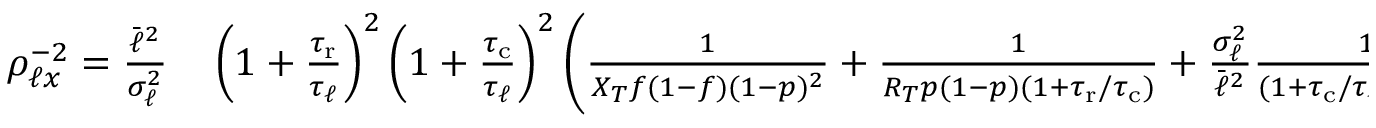
\begin{array} { r l } { \rho _ { \ell x } ^ { - 2 } = \frac { \bar { \ell } ^ { 2 } } { \sigma _ { \ell } ^ { 2 } } } & { { } \left( 1 + \frac { { \tau _ { \mathrm { r } } } } { \tau _ { \ell } } \right) ^ { 2 } \left( 1 + \frac { { \tau _ { \mathrm { c } } } } { \tau _ { \ell } } \right) ^ { 2 } \bigg ( \frac { 1 } { X _ { T } f ( 1 - f ) ( 1 - p ) ^ { 2 } } + \frac { 1 } { R _ { T } p ( 1 - p ) ( 1 + { \tau _ { \mathrm { r } } } / { \tau _ { \mathrm { c } } } ) } + \frac { \sigma _ { \ell } ^ { 2 } } { \bar { \ell } ^ { 2 } } \frac { 1 + { \tau _ { \mathrm { r } } } / \tau _ { \ell } + { \tau _ { \mathrm { r } } } / { \tau _ { \mathrm { c } } } } { ( 1 + { \tau _ { \mathrm { c } } } / \tau _ { \ell } ) ( 1 + { \tau _ { \mathrm { r } } } / \tau _ { \ell } ) ( 1 + { \tau _ { \mathrm { r } } } / { \tau _ { \mathrm { c } } } ) } \bigg ) . } \end{array}